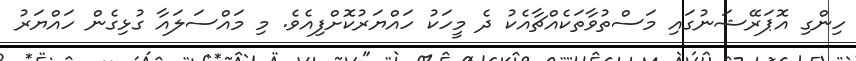
ހިންގި އޮޕަރޭޝަނުގައި މަސްތުވާތަކެއްޗާއެކު ދެ މީހަކު ހައްޔަރުކޮށްފިއެވެ. މި މައްސަލައާ ގުޅިގެން ހައްޔަރު